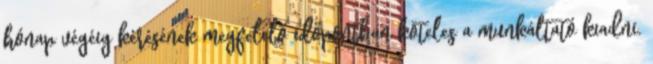
hónap végéig kérésének megfelelő időpontban köteles a munkáltató kiadni.